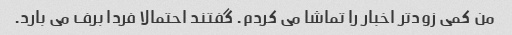
من کمی زودتر اخبار را تماشا می کردم. گفتند احتمالا فردا برف می بارد.